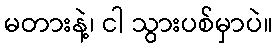
မတားနဲ့၊ ငါ သွားပစ်မှာပဲ။